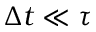
\Delta t \ll \tau